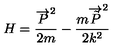
H = \frac { \overrightarrow { P } ^ { 2 } } { 2 m } - \frac { m \overrightarrow { \tilde { P } } ^ { 2 } } { 2 k ^ { 2 } }